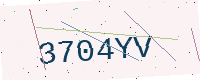
Text: 3704YV